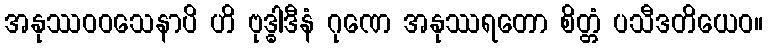
အနုဿဝဝသေနာပိ ဟိ ဗုဒ္ဓါဒီနံ ဂုဏေ အနုဿရတော စိတ္တံ ပသီဒတိယေဝ။